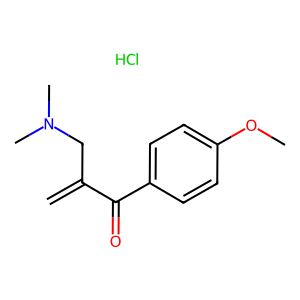
SMILES: C=C(CN(C)C)C(=O)c1ccc(OC)cc1.Cl
Inhibits HIV replication: No